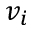
v _ { i }